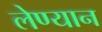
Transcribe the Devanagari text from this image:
लेण्यान